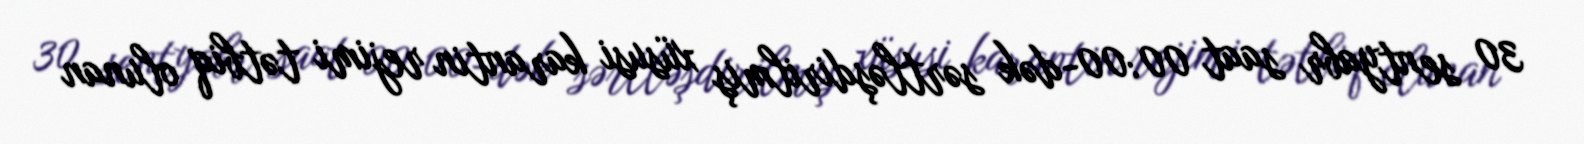
30 sentyabr saat 00:00-dək sərtləşdirilmiş xüsusi karantin rejimi tətbiq olunan